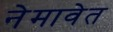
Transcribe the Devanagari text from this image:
नेमावेत